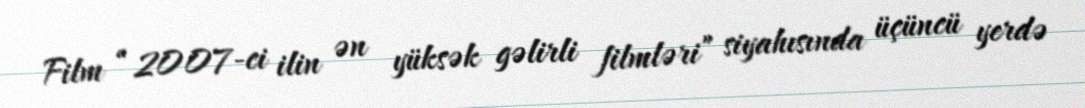
Film “2007-ci ilin ən yüksək gəlirli filmləri” siyahısında üçüncü yerdə